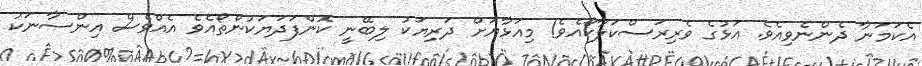
އެކަމަނާ ދެންނެވިއެވެ. އަޅުގެ ވެރިރަސްކަލާކޯއެވެ! މިއަޅާޔަށް ދަރިޔަކު ލިބޭނީ ކޮންފަދަޔަކުންތޯއެވެ އެއްވެސް އިންސާނަކު